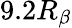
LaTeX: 9.2R_{\beta}